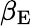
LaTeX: \beta_{\mathrm{E}}